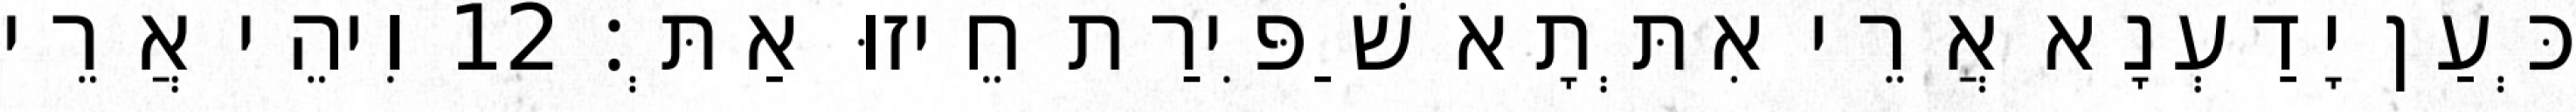
כְּעַן יָדַעְנָא אֲרֵי אִתְּתָא שַׁפִּירַת חֵיזוּ אַתְּ׃ 12 וִיהֵי אֲרֵי